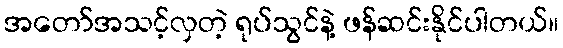
အတော်အသင့်လှတဲ့ ရုပ်သွင်နဲ့ ဖန်ဆင်းနိုင်ပါတယ်။